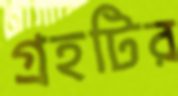
গ্রহটির